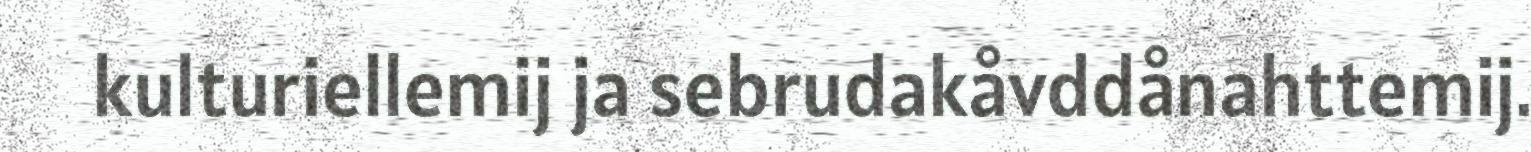
kulturiellemij ja sebrudakåvddånahttemij.